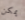
يمكن